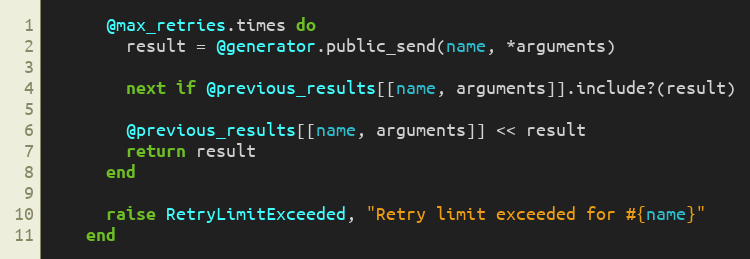
Language: Ruby
      @max_retries.times do
        result = @generator.public_send(name, *arguments)

        next if @previous_results[[name, arguments]].include?(result)

        @previous_results[[name, arguments]] << result
        return result
      end

      raise RetryLimitExceeded, "Retry limit exceeded for #{name}"
    end